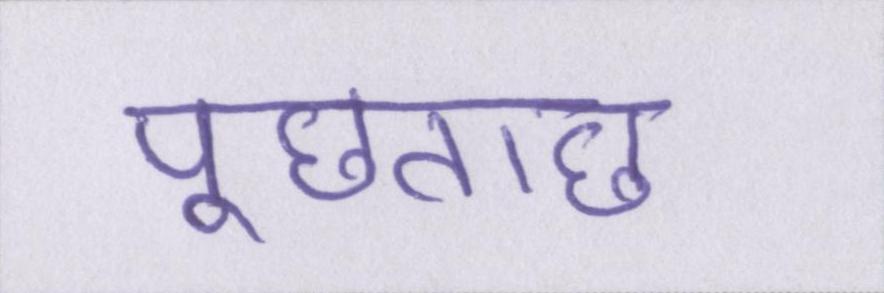
पूछताछ